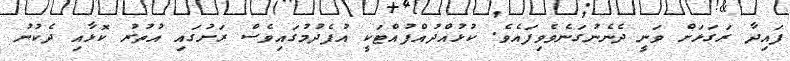
ފައިދާ ރަގަޅަށް ވަނީ ދެނެނުގަނެވެވިފައެވެ. ކުޅުއްދުއްފުއްޓަކީ އުފެދުމުގައިވެސް ރަށުގައި އުތުރު ކޮޅާއި ދެކުނު